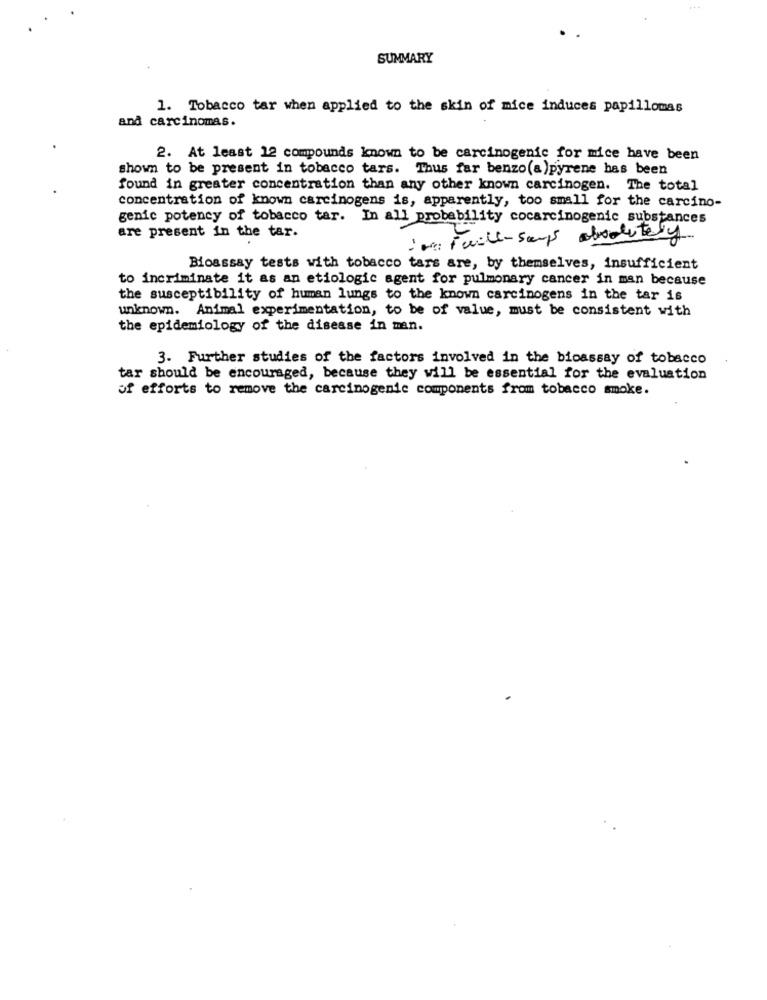
SUMMARY
1. Tobacco tar when applied to the skin of mice induces papillomas
and carcinomas.
2. At least 12 compounds known to be carcinogenic for mice have been
shown to be present in tobacco tars. Thus far benzo(a)pyrene has been
found in greater concentration than any other known carcinogen. The total
concentration of known carcinogens is, apparently, too small for the carcino-
genic potency of tobacco tar. In all probability cocarcinogenic substances
are present in the tar.
we Faill-says absolutely
Bioassay tests with tobacco tars are, by themselves, insufficient
to incriminate it as an etiologic agent for pulmonary cancer in man because
the susceptibility of human lungs to the known carcinogens in the tar is
unknown. Animal experimentation, to be of value, must be consistent with
the epidemiology of the disease in man.
3. Further studies of the factors involved in the bioassay of tobacco
tar should be encouraged, because they will be essential for the evaluation
of efforts to remove the carcinogenic components from tobacco smoke.